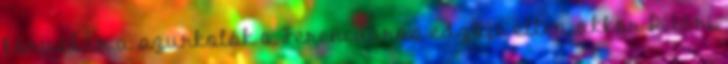
kórusban a szurkolók a Ferencváros edzője ellen, akkor Détári